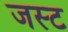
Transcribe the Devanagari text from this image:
जस्‍ट